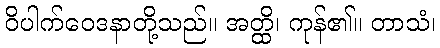
ဝိပါက်ဝေဒနာတို့သည်။ အတ္ထိ၊ ကုန်၏။ တာသံ၊